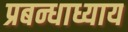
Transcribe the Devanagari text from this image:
प्रबन्धाध्याय